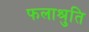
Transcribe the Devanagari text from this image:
फलाश्रुति